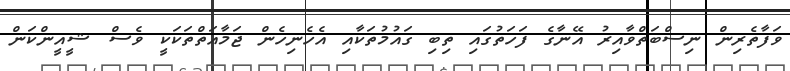
ވަފާތެރިން ނިސްބަތްވާއިރު އޭނާގެ ފަހަތުގައި ތިބި ގައުމުތަކާއި އެހެނިހެން ޖަމާއަތްތަކަކީ ވެސް ޝީއީންކަން